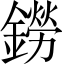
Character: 鐒